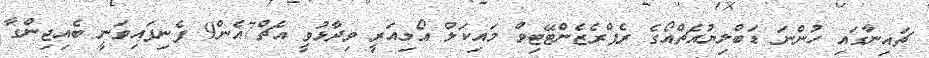
ޗައިނާގައި ހުންނަ ޑަބްލިޔުއެޗްއޯގެ ރެޕްރެޒެންޓޭޓިވް މައިކަލް އޯލިއަރީ ވިދާޅުވީ އެޗް7އެން9 ފެނިފައިވަނީ ބެއިޖިންގާ